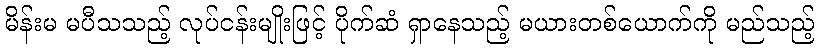
မိန်းမ မပီသသည့် လုပ်ငန်းမျိုးဖြင့် ပိုက်ဆံ ရှာနေသည့် မယားတစ်ယောက်ကို မည်သည့်